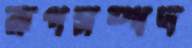
রূপসম্পদ